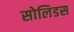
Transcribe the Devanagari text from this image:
सोलिडस